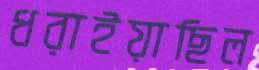
ধরাইয়াছিল